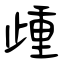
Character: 歱